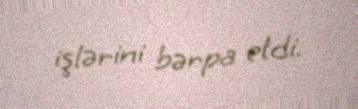
işlərini bərpa etdi.